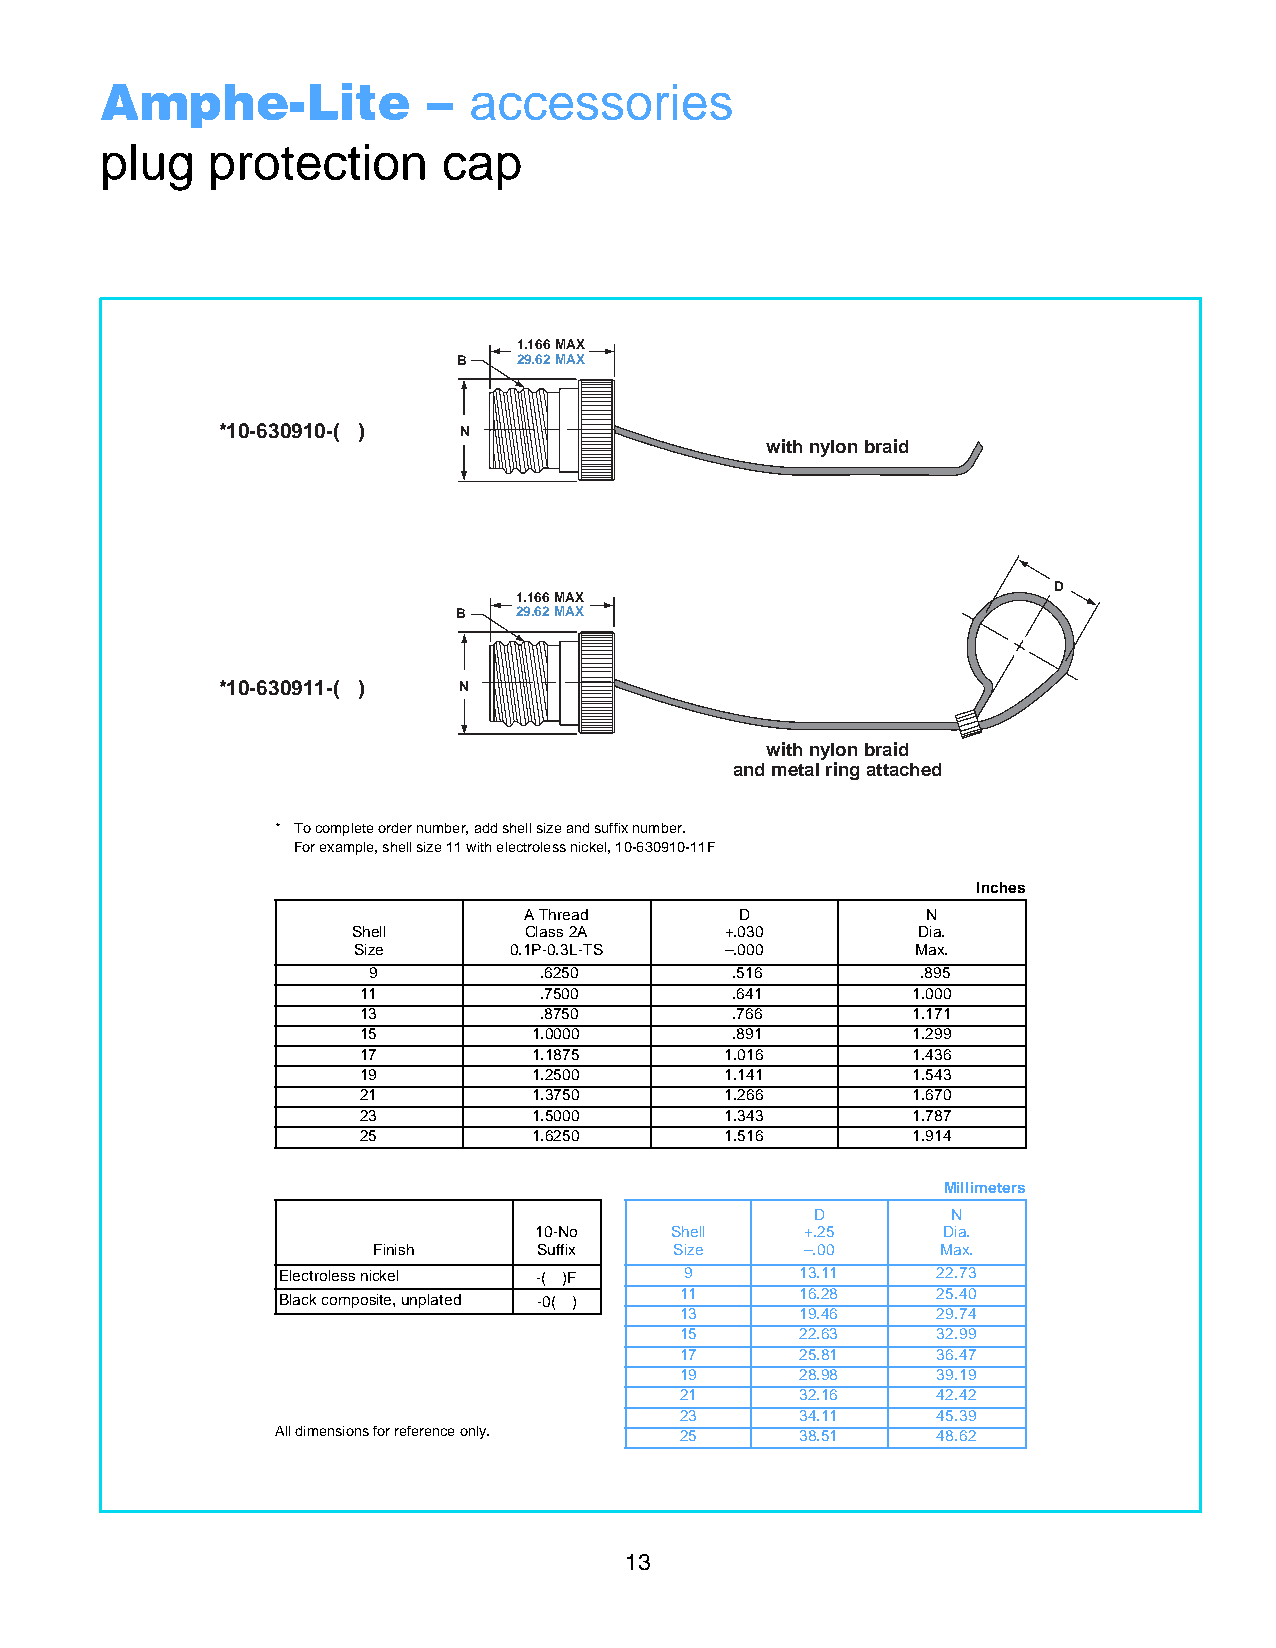
Amphe-Lite           –  accessories
 plug   protection     cap
 1.166 MAX
 B   29.62 MAX
 *10-630910-( ) N
 with nylon braid
 D
 1.166 MAX
 B   29.62 MAX
 *10-630911-( ) N
 with nylon braid
 and metal ring attached
 * To complete order number, add shell size and suffix number.
 For example, shell size 11 with electroless nickel, 10-630910-11F
 Inches
 A Thread      D           N
 Shell       Class 2A     +.030        Dia.
 Size       0.1P-0.3L-TS  –.000        Max.
 9           .6250        .516        .895
 11          .7500        .641       1.000
 13          .8750        .766       1.171
 15         1.0000        .891       1.299
 17         1.1875       1.016       1.436
 19         1.2500       1.141       1.543
 21         1.3750       1.266       1.670
 23         1.5000       1.343       1.787
 25         1.6250       1.516       1.914
 Millimeters
 D        N
 10-No    Shell    +.25     Dia.
 Finish     Suffix   Size    –.00     Max.
 Electroless nickel -( )F  9       13.11    22.73
 11      16.28    25.40
 Black composite, unplated -0( )
 13      19.46    29.74
 15      22.63    32.99
 17      25.81    36.47
 19      28.98    39.19
 21      32.16    42.42
 23      34.11    45.39
 All dimensions for reference only. 25 38.51 48.62
 1313